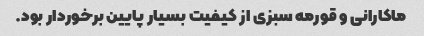
ماکارانی و قورمه سبزی از کیفیت بسیار پایین برخوردار بود.